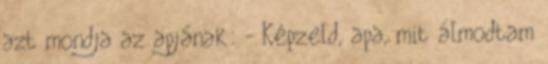
azt mondja az apjának: - Képzeld, apa, mit álmodtam